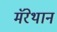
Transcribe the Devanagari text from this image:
मॅरेथान